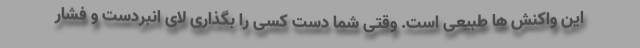
این واکنش ها طبیعی است. وقتی شما دست کسی را بگذاری لای انبردست و فشار